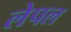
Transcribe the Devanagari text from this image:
लेपल